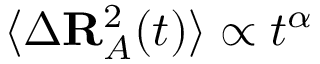
\langle \Delta \mathbf { R } _ { A } ^ { 2 } ( t ) \rangle \propto t ^ { \alpha }